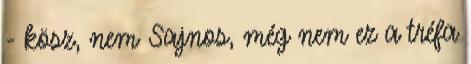
- kösz, nem Sajnos, még nem ez a tréfa